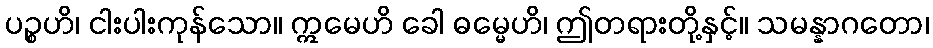
ပဉ္စဟိ၊ ငါးပါးကုန်သော။ ဣမေဟိ ခေါ ဓမ္မေဟိ၊ ဤတရားတို့နှင့်။ သမန္နာဂတော၊